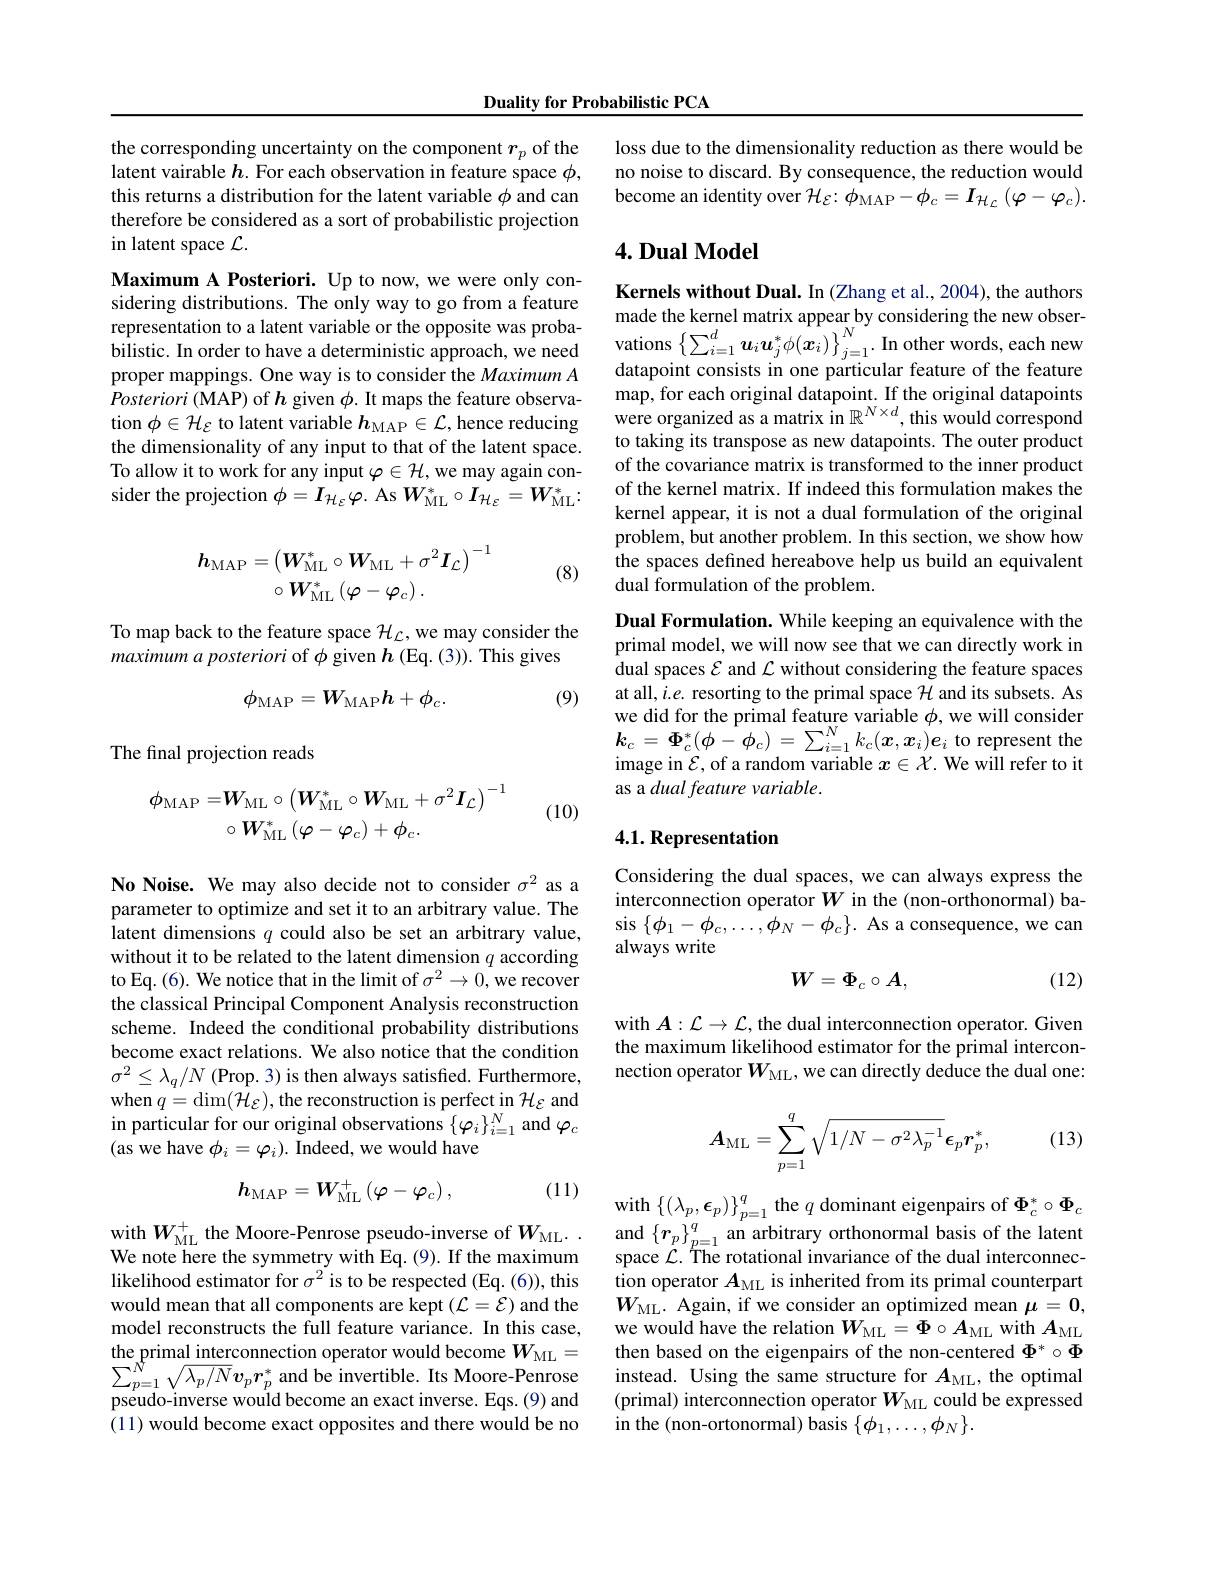
Duality for Probabilistic PCA

the corresponding uncertainty on the component $r_p$ of the latent vairable $h.$ For each observation in feature space $\phi$, this returns a distribution for the latent variable $\phi$ and can therefore be considered as a sort of probabilistic projection in latent space $\mathcal{L}.$

Maximum A Posteriori. Up to now, we were only considering distributions. The only way to go from a feature sucing mortiontions. ine oniny wa ogo onna reduce- made the kernel matrix appear by considering the new obserrepresentation to a latent variable or the opposite was proba- made the kernel matrix appear by considering the new obserbilistic. In ord
proper mappings. One way is to consider the Maximum A Posteriori (MAP) of $h$ given $\phi.$ It maps the feature observation $\phi\in\mathcal{H}_{\mathcal{E}}$ to latent variable $h_\mathrm{MAP}\in \mathcal{L} $, hence reducing the dimensionality of any input to that of the latent space. To allow it to work for any input $\varphi\in\mathcal{H}$, we may again consider the projection $\phi=I_{\mathcal{H}_{\mathcal{E}}}\varphi.$ As $W_\mathrm{ML}^*\circ I_{\mathcal{H}_{\mathcal{E}}}=W_\mathrm{ML}^*:$

(8)
$$\begin{array}{c}\boldsymbol{h_\mathrm{MAP}}=\left(\boldsymbol{W_\mathrm{ML}^*}\circ\boldsymbol{W_\mathrm{ML}}+\sigma^2\boldsymbol{I_L}\right)^{-1}\\\circ\boldsymbol{W_\mathrm{ML}^*}\left(\boldsymbol{\varphi}-\boldsymbol{\varphi_c}\right).\end{array}$$
To map back to the feature space $\mathcal{H}_{\mathcal{L}}$,we may consider the
maximum a posteriori of $\phi$ given $h$ (Eq. (3)). This gives
$$\phi_{\mathrm{MAP}}=W_{\mathrm{MAP}}h+\phi_{c}.$$
(9)

The final projection reads
$$\phi_{\mathrm{MAP}}=\boldsymbol{W}_{\mathrm{ML}}\circ\left(\boldsymbol{W}_{\mathrm{ML}}^{*}\circ\boldsymbol{W}_{\mathrm{ML}}+\sigma^{2}\boldsymbol{I}_{\mathcal{L}}\right)^{-1}\\\circ\boldsymbol{W}_{\mathrm{ML}}^{*}\left(\boldsymbol{\varphi}-\boldsymbol{\varphi}_{c}\right)+\boldsymbol{\phi}_{c}.$$
(10)

No Noise. We may also decide not to consider $\sigma^2$ as a parameter to optimize and set it to an arbitrary value. The latent dimensions $q$ could also be set an arbitrary value, without it to be related to the latent dimension $q$ according to Eq.(6). We notice that in the limit of $\sigma^2\to0$,we recover the classical Principal Component Analysis reconstruction scheme. Indeed the conditional probability distributions become exact relations. We also notice that the condition $\sigma^{2}\leq\lambda_{q}/N$ (Prop. 3) is then always satisfied. Furthermore, when $q=\dim(\mathcal{H}_{\mathcal{E}})$, the reconstruction is perfect in $\mathcal{H}_{\mathcal{E}}$ and in particular for our original observations $\{\varphi_i\}_{i=1}^N$ and $\varphi_c$ (as we have $\phi_i=\varphi_i).$ Indeed, we would have

(11)
$$h_{\mathrm{MAP}}=W_{\mathrm{ML}}^{+}\left(\varphi-\varphi_{c}\right),$$
with $W_{\mathrm{ML}}^{+}$ the Moore-Penrose pseudo-inverse of $W_{\mathrm{ML}}.$ We note here the symmetry with Eq. (9). If the maximum likelihood estimator for $\sigma^{2}$ is to be respected (Eq. (6)), this would mean that all components are kept $(\mathcal{L}=\mathcal{E})$ and the model reconstructs the full feature variance. In this case, the primal interconnection operator would become $W_\mathrm{ML}=$ $\begin{array}{l}{\sum_{p=1}^{N}\sqrt{\lambda_{p}/N}v_{p}r_{p}^{*}\text{ and be invertible. Its Moore-Penrose}}\\{\text{pseudo-inverse would become an exact inverse. Eqs.(9) and}}\\\end{array}$ (11) would become exact opposites and there would be no

loss due to the dimensionality reduction as there would be no noise to discard. By consequence, the reduction would become an identity over $\mathcal{H}_{\mathcal{E}}:\phi_{\mathrm{MAP}}-\phi_{c}=I_{\mathcal{H}_{\mathcal{L}}}\left(\varphi-\varphi_{c}\right).$

## $4. \textbf{Dual Model}$

Kernels without Dual. In (Zhang et al., 2004), the authors datapoint consists in one particular feature of the feature map, for each original datapoint. If the original datapoints were organized as a matrix in $\mathbb{R}^N\times d$, this would correspond to taking its transpose as new datapoints. The outer product of the covariance matrix is transformed to the inner product of the kernel matrix. If indeed this formulation makes the kernel appear, it is not a dual formulation of the original problem, but another problem. In this section, we show how the spaces defined hereabove help us build an equivalent dual formulation of the problem.

Dual Formulation. While keeping an equivalence with the primal model, we will now see that we can directly work in dual spaces $\mathcal{E}$ and $\mathcal{L}$ without considering the feature spaces at all, $i.e.$ resorting to the primal space $\mathcal{H}$ and its subsets. As we did for the primal feature variable $\phi$, we will consider $k_{c}=\Phi_{c}^{*}(\phi-\phi_{c})=\sum_{i=1}^{N}k_{c}(x,x_{i})e_{i}$ to represent the image in $\mathcal{E}$, of a random variable $x\in\mathcal{X}.$ We will refer to it as a dual feature variable.

## 4.1. Representation

Considering the dual spaces, we can always express the interconnection operator $W$ in the (non-orthonormal) basis $\{\phi_1-\phi_c,\ldots,\phi_N-\phi_c\}.$ As a consequence, we can always write
$$W=\Phi_{c}\circ A,$$
(12)

with $A:\mathcal{L}\to\mathcal{L}$, the dual interconnection operator. Given the maximum likelihood estimator for the primal interconnection operator $W_\mathrm{ML}$, we can directly deduce the dual one:

(13)
$$\boldsymbol{A}_{\mathrm{ML}}=\sum\limits_{p=1}^{q}\sqrt{1/N-\sigma^{2}\lambda_{p}^{-1}}\boldsymbol{\epsilon}_{p}\boldsymbol{r}_{p}^{*},$$
with $\left\{(\lambda_{p},\boldsymbol{\epsilon}_{p})\right\}_{p=1}^{q}$ the $q$ dominant eigenpairs of $\Phi_{c}^{*}\circ\Phi_{c}$ and $\{\boldsymbol r_p\}_{p=1}^q$ an arbitrary orthonormal basis of the latent space $\mathcal{L}.$ The rotational invariance of the dual interconnection operator $A_\mathrm{ML}$ is inherited from its primal counterpart $W_{\mathrm{ML}}.$ Again, if we consider an optimized mean $\mu=0$, we would have the relation $W_\mathrm{ML}=\Phi\circ A_\mathrm{ML}$ with $A_\mathrm{ML}$ then based on the eigenpairs of the non-centered $\Phi^*\circ\Phi$ instead. Using the same structure for $A_\mathrm{ML}$, the optimal (primal) interconnection operator $W_\mathrm{ML}$ could be expressed in the (non-ortonormal) basis $\{\phi_1,\ldots,\phi_N\}.$